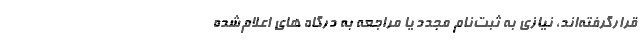
قرارگرفته‌اند، نیازی به ثبت‌نام مجدد یا مراجعه به درگاه های اعلام‌شده